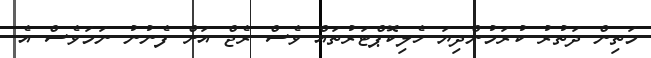
މަތިން ދަތުރު ކުރަމުންދިޔަ ހެލިކޮޕްޓަރުތައް ވެސް ރެޖް އަށް ފެނުނު ނަމަވެސް އެ